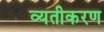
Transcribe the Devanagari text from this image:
व्यतीकरण